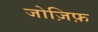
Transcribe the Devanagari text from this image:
जोज़िफ़